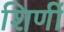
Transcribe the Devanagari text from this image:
शिर्णी